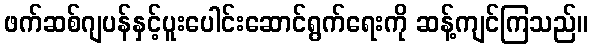
ဖက်ဆစ်ဂျပန်နှင့်ပူးပေါင်းဆောင်ရွက်ရေးကို ဆန့်ကျင်ကြသည်။